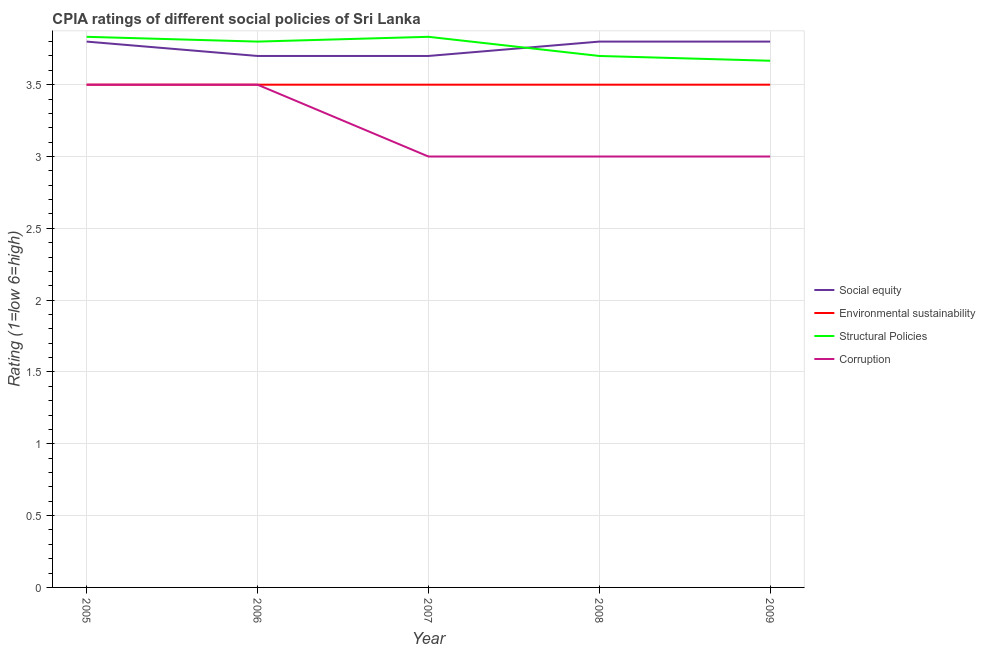
| Year | Social equity | Environmental sustainability | Structural Policies | Corruption |
 | --- | --- | --- | --- | --- |
 | 2005 | 3.8 | 3.5 | 3.83 | 3.5 |
 | 2006 | 3.7 | 3.5 | 3.8 | 3.5 |
 | 2007 | 3.7 | 3.5 | 3.83 | 3 |
 | 2008 | 3.8 | 3.5 | 3.7 | 3 |
 | 2009 | 3.8 | 3.5 | 3.67 | 3 |